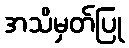
အသိမှတ်ပြု